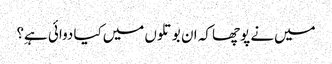
میں‌نے پوچھا کہ ان بوتلوں میں‌کیا دوائی ہےِ؟